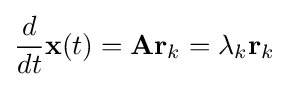
{\frac {d}{dt}}\mathbf {x} (t)=\mathbf {A} \mathbf {r} _{k}=\lambda _{k}\mathbf {r} _{k}